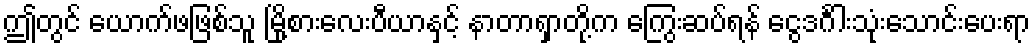
ဤတွင် ယောက်ဖဖြစ်သူ မြို့စားလေးပီယာနှင့် နာတာရှာတို့က ကြွေးဆပ်ရန် ငွေဒင်္ဂါးသုံးသောင်းပေးရာ